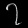
Digit: ၇